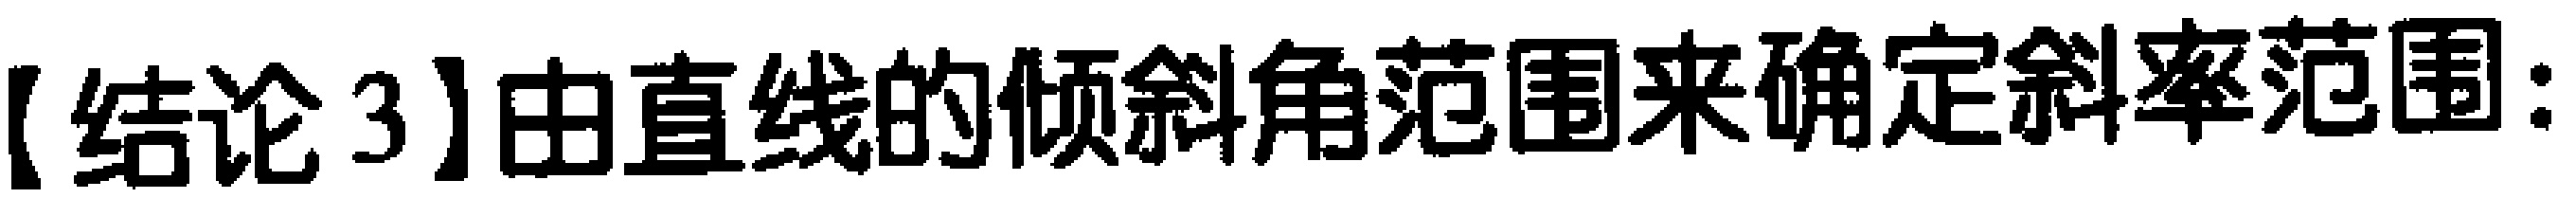
【结论3】由直线的倾斜角范围来确定斜率范围：